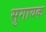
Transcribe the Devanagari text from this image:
सुगायक